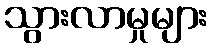
သွားလာမှုများ